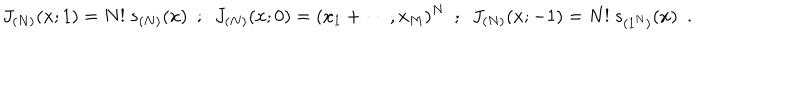
J _ { ( N ) } ( x ; 1 ) = N ! ~ s _ { ( N ) } ( x ) ~ ~ ; ~ ~ J _ { ( N ) } ( x ; 0 ) = ( x _ { 1 } + \cdots , x _ { M } ) ^ { N } ~ ~ ; ~ ~ J _ { ( N ) } ( x ; - 1 ) = N ! ~ s _ { ( 1 ^ { N } ) } ( x ) ~ ~ .